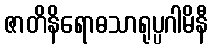
ဇာတိနိရောဓသာရုပ္ပဂါမိနီ